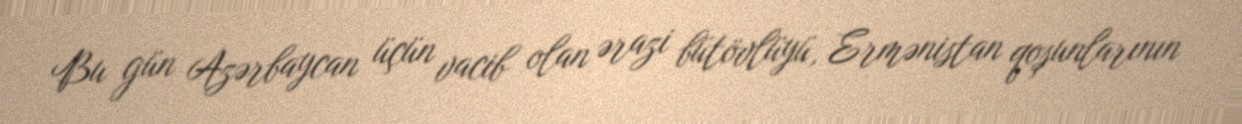
Bu gün Azərbaycan üçün vacib olan ərazi bütövlüyü, Ermənistan qoşunlarının